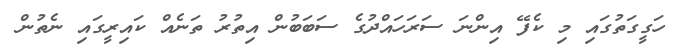
ހަގީގަތުގައި މި ކެފޭ އިންނަ ސަރަހައްދުގެ ސަބަބުން އިތުރު ތަނެއް ކައިރީގައި ނެތުން